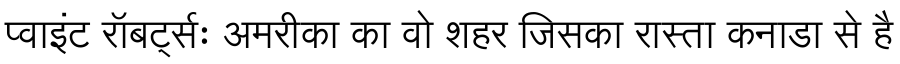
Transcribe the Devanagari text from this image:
प्वाइंट रॉबर्ट्सः अमरीका का वो शहर जिसका रास्ता कनाडा से है